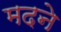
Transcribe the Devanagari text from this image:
मदने